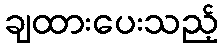
ချထားပေးသည့်